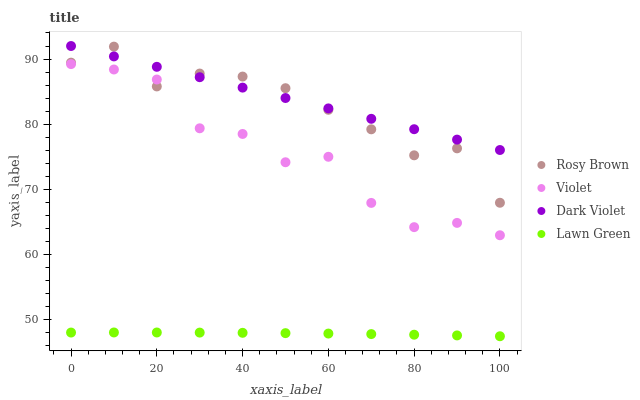
| xaxis_label | Rosy Brown | Violet | Dark Violet | Lawn Green |
 | --- | --- | --- | --- | --- |
 | 0 | 89.4 | 89.2 | 92 | 48 |
 | 10 | 91.9 | 88.4 | 90.4 | 48 |
 | 20 | 85.8 | 86.9 | 88.8 | 48 |
 | 30 | 87.8 | 79.4 | 87.2 | 48 |
 | 40 | 87.3 | 78.5 | 85.6 | 48 |
 | 50 | 85.5 | 74.2 | 84 | 47.9 |
 | 60 | 82.2 | 75 | 82.4 | 47.9 |
 | 70 | 79.2 | 67.9 | 80.8 | 47.8 |
 | 80 | 75.2 | 64.2 | 79.2 | 47.7 |
 | 90 | 76.3 | 64.9 | 77.6 | 47.6 |
 | 100 | 67.9 | 63 | 76 | 47.5 |